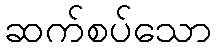
ဆက်စပ်သော